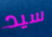
سيد